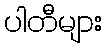
ပါတီများ